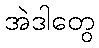
အဲဒါတွေ